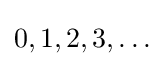
0,1,2,3,\ldots